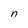
Character: n